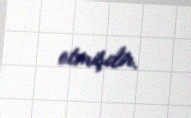
etmişdir.